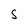
Character: S